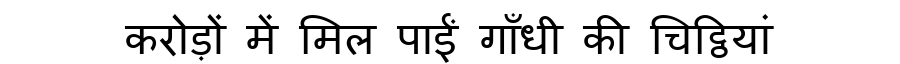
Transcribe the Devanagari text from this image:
करोड़ों में मिल पाईं गाँधी की चिट्ठियां